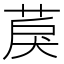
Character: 䓞